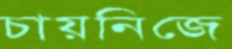
চায়নিজে